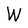
Character: W